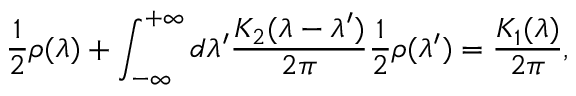
\frac { 1 } { 2 } \rho ( \lambda ) + \int _ { - \infty } ^ { + \infty } d \lambda ^ { \prime } \frac { K _ { 2 } ( \lambda - \lambda ^ { \prime } ) } { 2 \pi } \frac { 1 } { 2 } \rho ( \lambda ^ { \prime } ) = \frac { K _ { 1 } ( \lambda ) } { 2 \pi } ,